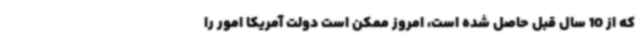
که از 10 سال قبل حاصل شده است، امروز ممکن است دولت آمریکا امور را